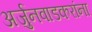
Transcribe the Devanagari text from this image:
अर्जुनवाडकरांना